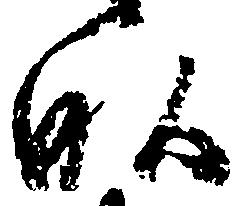
畝